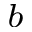
^ { b }